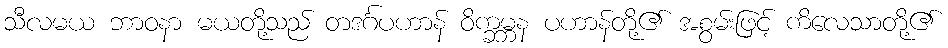
သီလမယ ဘာဝနာ မယတို့သည် တဒင်္ဂပဟာန် ဝိက္ခမ္ဘန ပဟာန်တို့၏ အစွမ်းဖြင့် ကိလေသာတို့၏